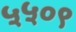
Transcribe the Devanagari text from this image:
५५०९